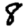
Digit: 8